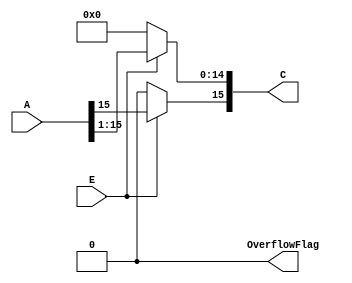
// lab1_shift_r_arith.v

// Arithmetic Right Shift
// Calculation

// Output 1: C; calculation result, 16bit binary
// Output 2: OverflowFlag; 0
// Input 1: A; input, 16bit binary
// Input 2: E; enable, 1bit binary

module arith_right16 (output [15:0] C, output OverflowFlag,
   input [15:0] A, input E);

   assign OverflowFlag = 1'b0;
   assign C[15] = (E==1'b1)?A[15]:0;
   assign C[14:0] = (E==1'b1)?A[15:1]:15'b000_0000_0000_0000;

endmodule